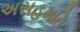
અસહમતિ